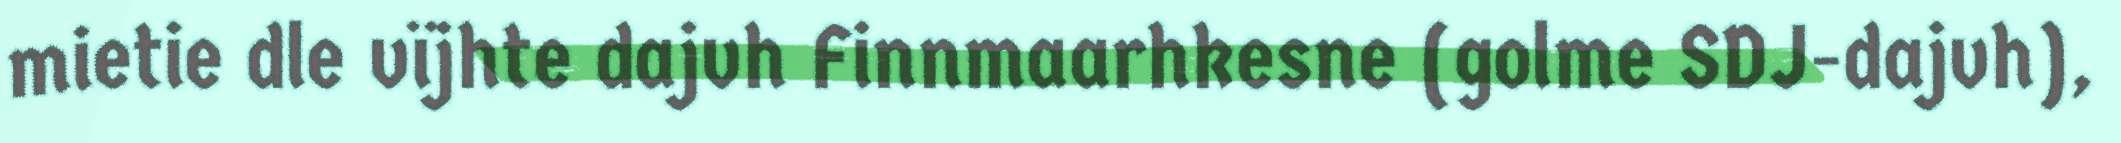
mietie dle vïjhte dajvh Finnmaarhkesne (golme SDJ-dajvh),